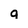
Character: g